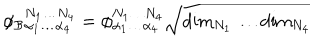
\phi _ { \mathcal { B } } { } _ { \alpha _ { 1 } \ldots \alpha _ { 4 } } ^ { N _ { 1 } \ldots N _ { 4 } } = \phi _ { \alpha _ { 1 } \ldots \alpha _ { 4 } } ^ { N _ { 1 } \ldots N _ { 4 } } \sqrt { \mathrm { d i m } _ { N _ { 1 } } \ldots \mathrm { d i m } _ { N _ { 4 } } }